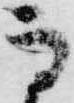
高